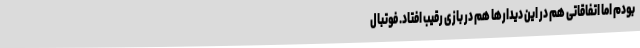
بودم اما اتفاقاتی هم در این دیدارها هم در بازی رقیب افتاد. فوتبال